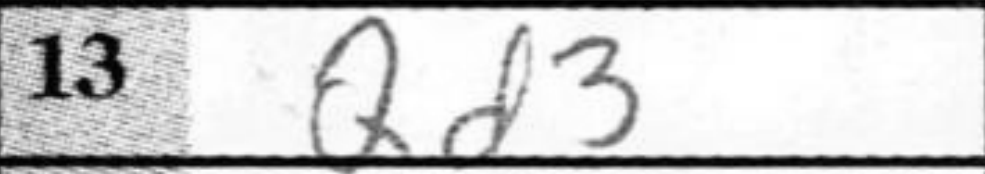
Transcription: Qd3